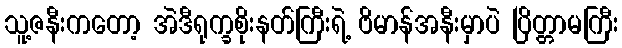
သူ့ဇနီးကတော့ အဲဒီရုက္ခစိုးနတ်ကြီးရဲ့ ဗိမာန်အနီးမှာပဲ ပြိတ္တာမကြီး